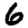
Digit: 6